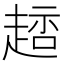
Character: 䞸